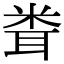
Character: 𥹢